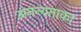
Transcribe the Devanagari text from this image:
अनन्यताका